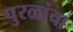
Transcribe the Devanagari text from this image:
पुरळांचा